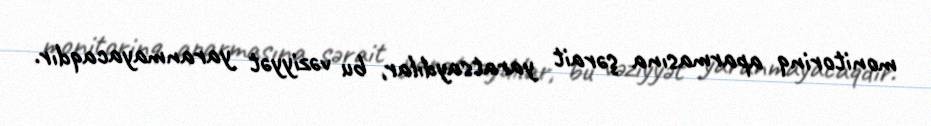
monitorinq aparmasına şərait yaratsaydılar, bu vəziyyət yaranmayacaqdır.